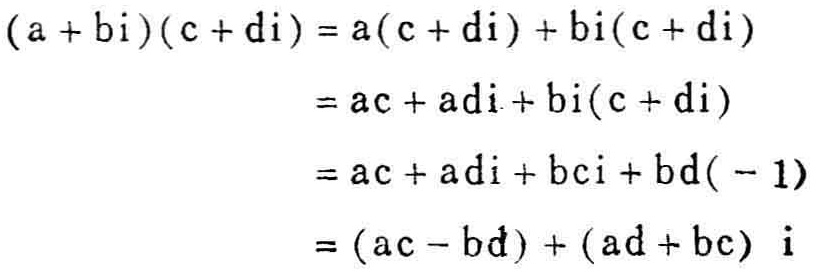
\[
\begin{align*}
(a + bi)(c + di)&=a(c + di)+bi(c + di)\\
&=ac + adi+bi(c + di)\\
&=ac + adi + bci+bd(-1)\\
&=(ac - bd)+(ad + bc)i
\end{align*}
\]